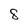
Character: 8